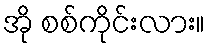
အို စစ်ကိုင်းလား။